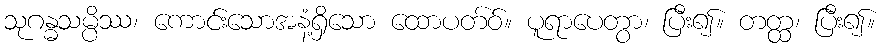
သုဂန္ဓသမ္ပိဿ၊ ကောင်းသောအနံ့ရှိသော ထောပတ်ဝ်။ ပူရာပေတွာ၊ ပြီး၍။ တတ္ထ၊ ပြီး၍။